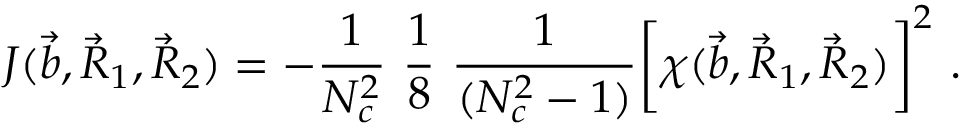
J ( \vec { b } , \vec { R } _ { 1 } , \vec { R } _ { 2 } ) = - { \frac { 1 } { N _ { c } ^ { 2 } } } \ { \frac { 1 } { 8 } } \ { \frac { 1 } { ( N _ { c } ^ { 2 } - 1 ) } } \bigg [ \chi ( \vec { b } , \vec { R } _ { 1 } , \vec { R } _ { 2 } ) \bigg ] ^ { 2 } ~ .